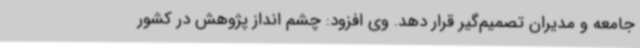
جامعه و مدیران تصمیم‌گیر قرار دهد. وی افزود: چشم انداز پژوهش در کشور